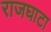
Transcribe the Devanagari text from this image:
राजघाटा